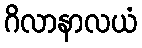
ဂိလာနာလယံ